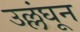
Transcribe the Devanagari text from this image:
उल्लंघून